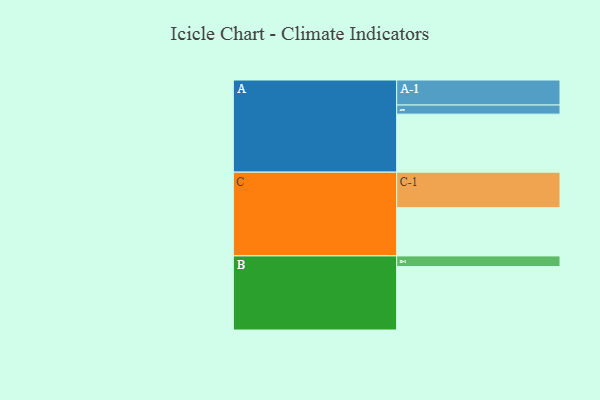
{"axis": {"x": "Segment", "y": "Value"}, "legend": ["", "A", "B", "C"], "data": [{"x": "A", "y": 408, "type": ""}, {"x": "B", "y": 446, "type": ""}, {"x": "C", "y": 339, "type": ""}, {"x": "A-1", "y": 176, "type": "A"}, {"x": "A-2", "y": 64, "type": "A"}, {"x": "B-1", "y": 75, "type": "B"}, {"x": "C-1", "y": 250, "type": "C"}]}